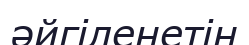
әйгіленетін